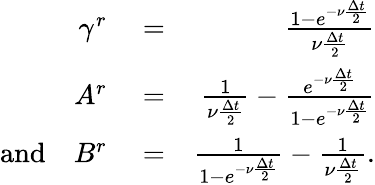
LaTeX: \begin{array}{rlr}{\gamma^{r}}&{{}=}&{\frac{1-e^{-\nu\frac{\Delta t}{2}}}{\nu\frac{\Delta t}{2}}}\\ {A^{r}}&{{}=}&{\frac{1}{\nu\frac{\Delta t}{2}}-\frac{e^{-\nu\frac{\Delta t}{2}}}{1-e^{-\nu\frac{\Delta t}{2}}}}\\ {\textrm{and}\quad B^{r}}&{{}=}&{\frac{1}{1-e^{-\nu\frac{\Delta t}{2}}}-\frac{1}{\nu\frac{\Delta t}{2}}.}\end{array}